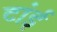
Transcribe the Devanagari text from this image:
टांई